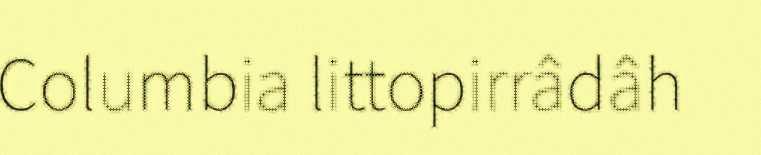
Columbia littopirrâdâh